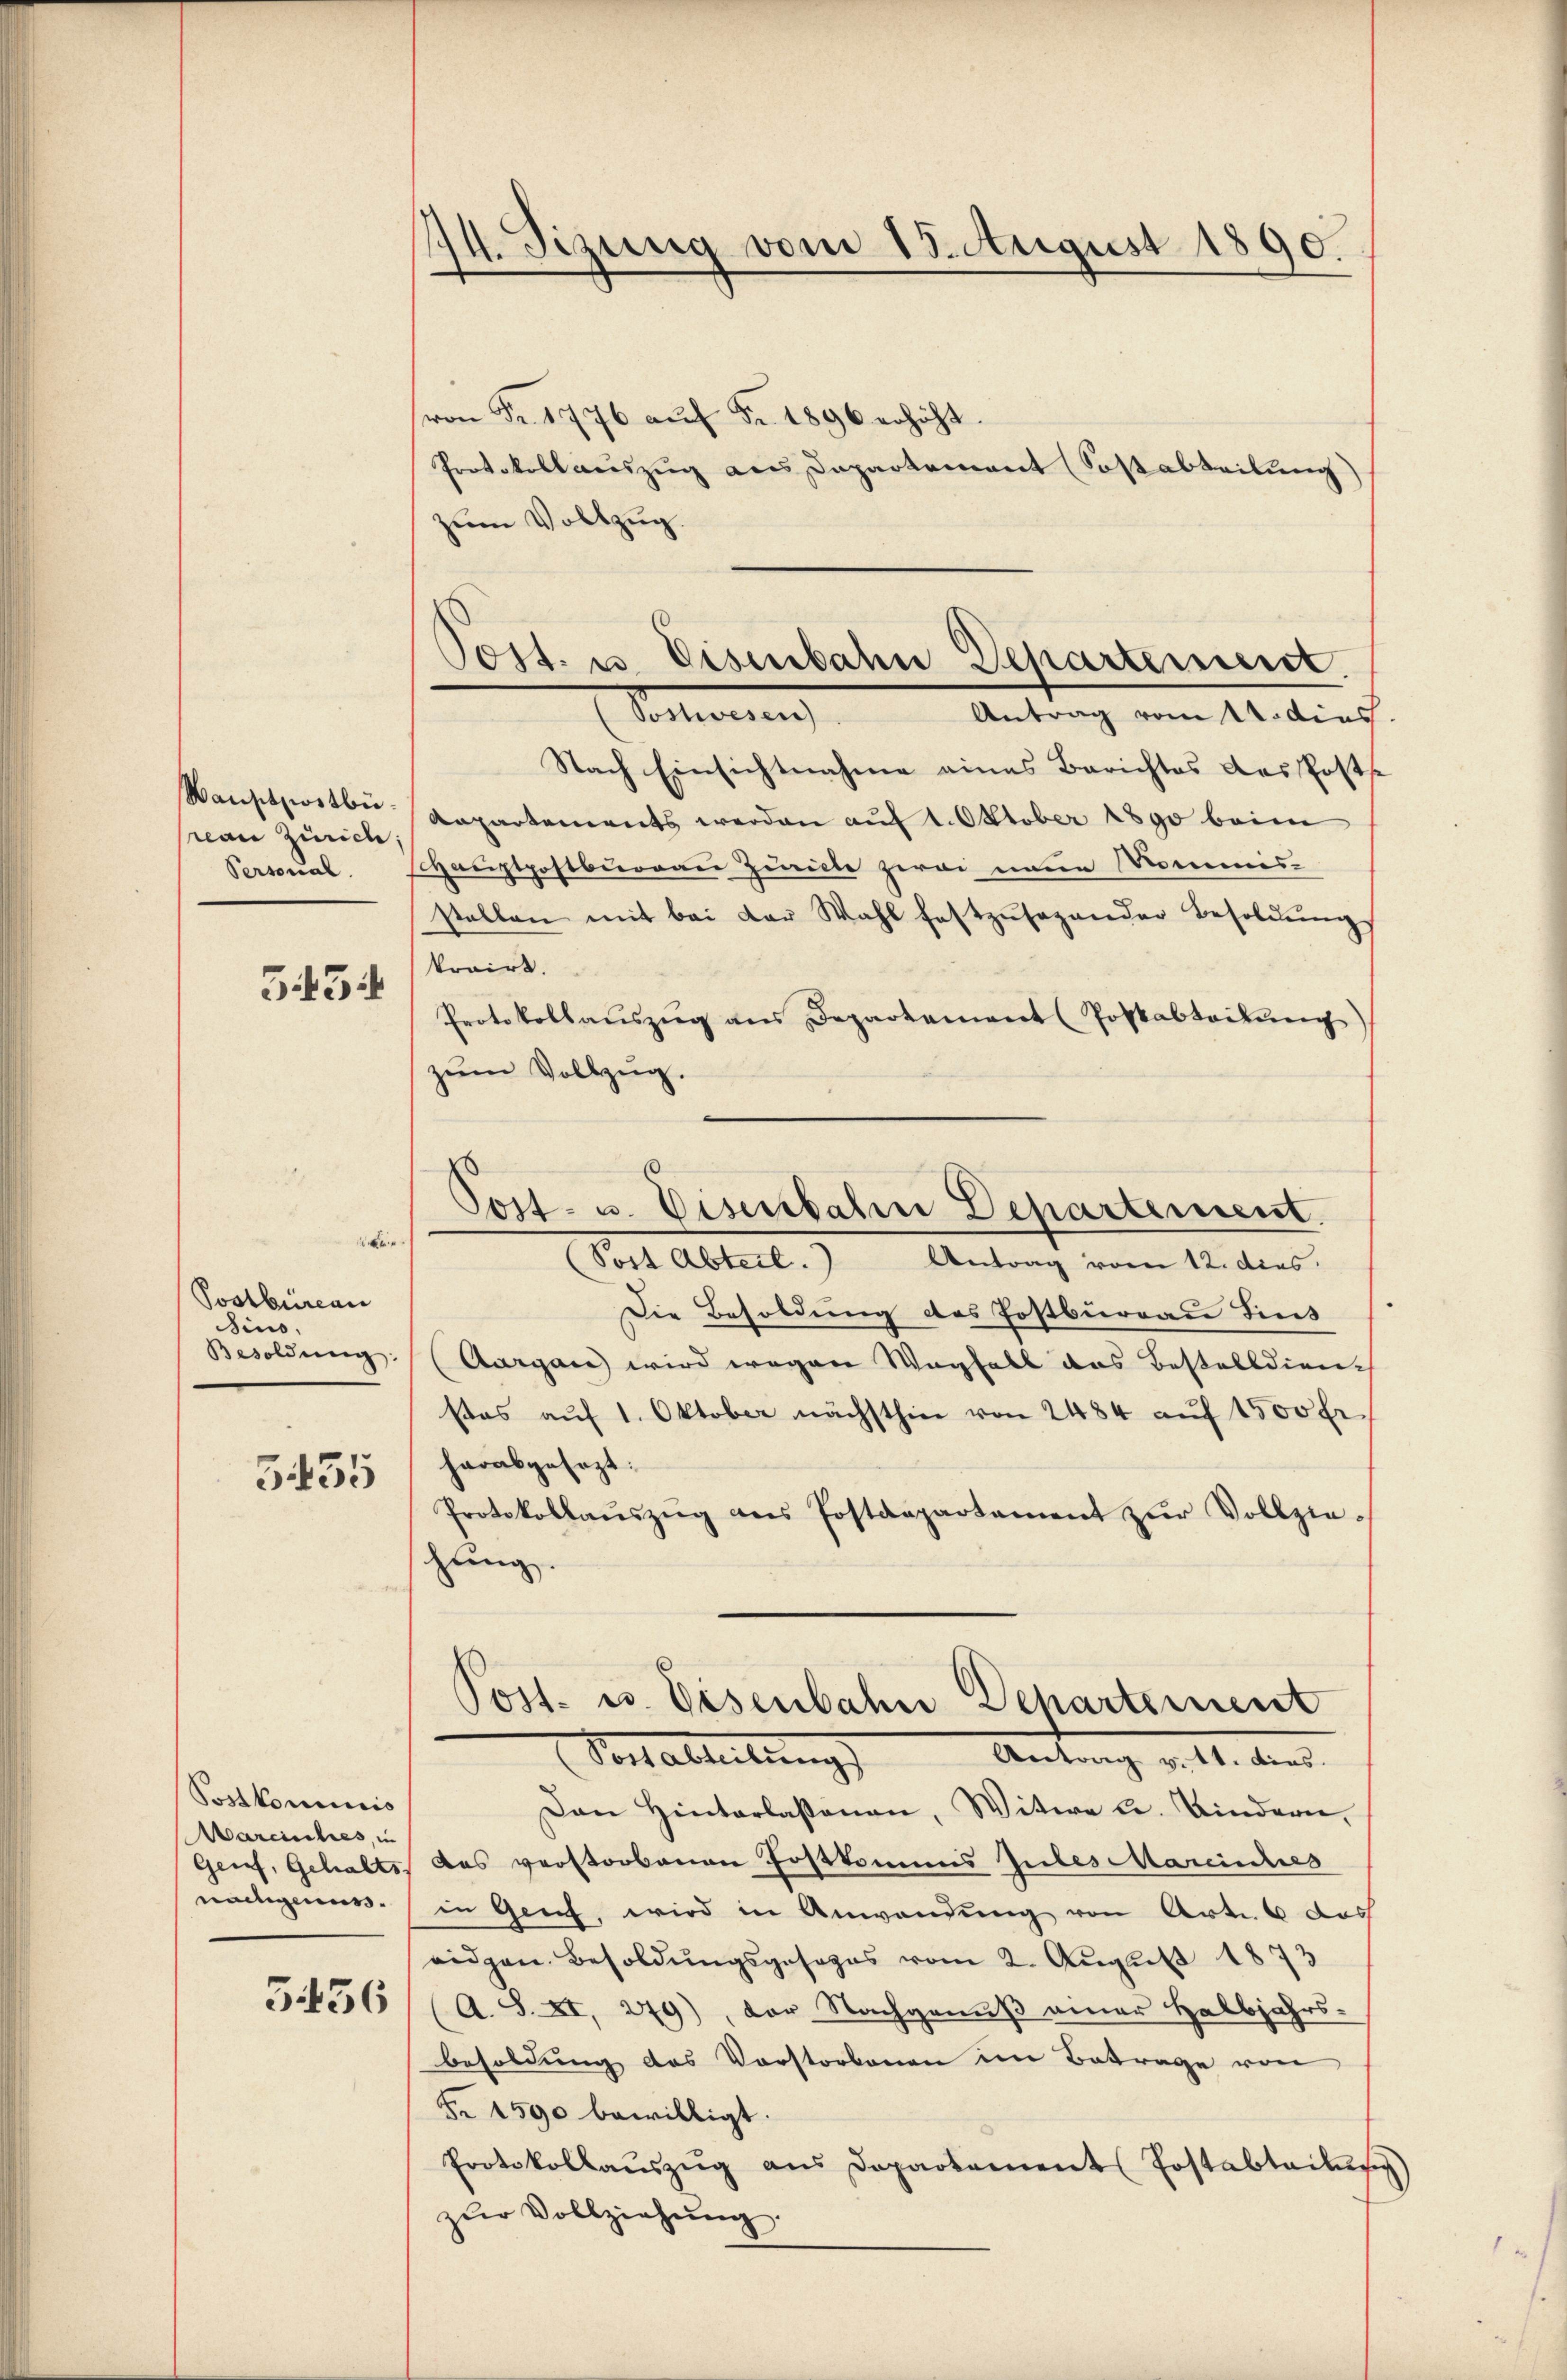
Wansitzstbü
reau Zürich;
Personal.

3454

e
Poolbureau
sino,
Besoldung:
5455

Postkominis
arcisches, in
Genf, Gehalts
nachgenuss.

5456

174. Sizung vom 15. August 1890.

von Fr. 1776 aŭf Fr. 1896 erhöht.
Protokoll auszug aus Dapartement (Sostabteilung)
zum Vollzug.
Martierten
Antrag vom 12. dies
Nach Einsichtnahme eines Berichtes des Post
Aapartements werden auf 1. Oktober 1890 beim
Hauptpostburgau zuricte zwei neue Mommisstellen mit bei der Wahl festzŭsagander Besoldŭng
kroirt.
Protokollaŭszŭg ans Departement (Poskabteilŭng
zum Vollzug.
(Post Abteil. Antrag vom 12. dies
Die Besoldung des Postbureau Lint
(Aargau wird wegen Wegfall das Bestelldien-
stes aŭf 1. Oktober nächsthin von 2484 aŭf 1500 Fr.
herabgesezt:
Protokollaŭszŭg ans Postdepartement zŭr Vollziehung.
Post- u. Eisenbahn Departement
Vor alleitung
Antrag v. 11. den
Den Hinterlaßenau, Witwe L. Kindern,
Das verstorbenen Postkommis Jules Mareinches
in Genf, wird in Anwendung von Art. 6 das
ridgen. Besoldŭngsgesages vom 2. Aŭgust 1873
A. S. XI, 279), der Nachgenuß einer Halbjahrs-
besoldung des Vorstorbenen im Betrage von
Fr 1590 bewilligt.
Protokollaŭszŭg ans Departement Postabtails
zŭr Vollziehŭng.

Post. u. Eisenbahn Departement.

6
Post- u. Deserbalen Departement.